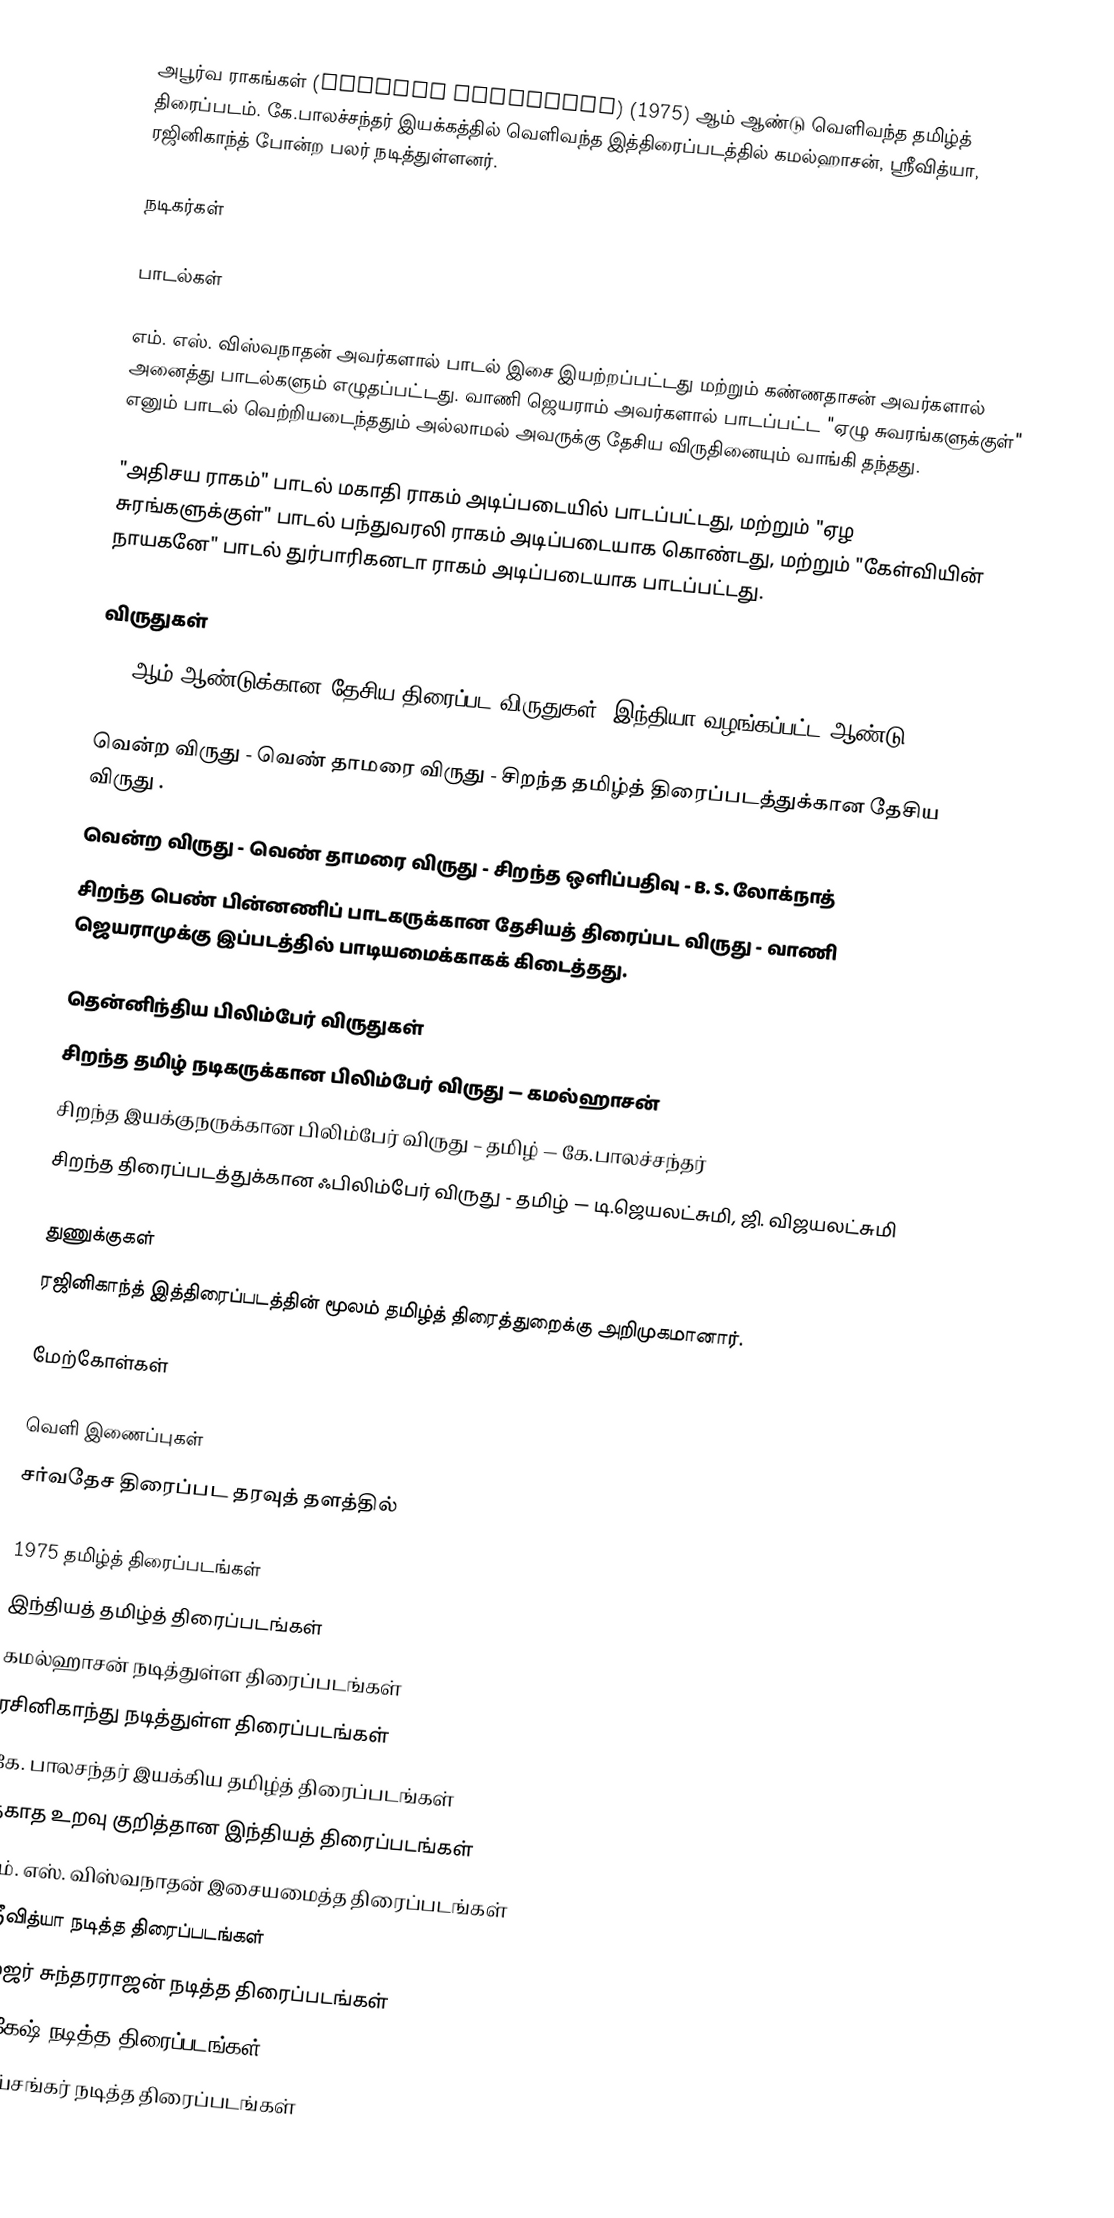
அபூர்வ ராகங்கள் (Apoorva Raagangal) (1975) ஆம் ஆண்டு வெளிவந்த தமிழ்த் திரைப்படம். கே.பாலச்சந்தர் இயக்கத்தில் வெளிவந்த இத்திரைப்படத்தில் கமல்ஹாசன், ஸ்ரீவித்யா, ரஜினிகாந்த் போன்ற பலர் நடித்துள்ளனர்.

நடிகர்கள்

பாடல்கள்

எம். எஸ். விஸ்வநாதன் அவர்களால் பாடல் இசை இயற்றப்பட்டது மற்றும் கண்ணதாசன் அவர்களால் அனைத்து பாடல்களும் எழுதப்பட்டது. வாணி ஜெயராம் அவர்களால் பாடப்பட்ட  "ஏழு சுவரங்களுக்குள்" எனும் பாடல் வெற்றியடைந்ததும் அல்லாமல் அவருக்கு தேசிய விருதினையும் வாங்கி தந்தது.

"அதிசய ராகம்" பாடல் மகாதி ராகம் அடிப்படையில் பாடப்பட்டது, மற்றும் "ஏழ சுரங்களுக்குள்" பாடல் பந்துவரலி ராகம் அடிப்படையாக கொண்டது, மற்றும் "கேள்வியின் நாயகனே" பாடல்  துர்பாரிகனடா ராகம் அடிப்படையாக பாடப்பட்டது.

விருதுகள்
1975ஆம் ஆண்டுக்கான தேசிய திரைப்பட விருதுகள், இந்தியா வழங்கப்பட்ட ஆண்டு 1976.

 வென்ற விருது - வெண் தாமரை விருது - சிறந்த தமிழ்த் திரைப்படத்துக்கான தேசிய விருது .
 வென்ற விருது - வெண் தாமரை விருது - சிறந்த ஒளிப்பதிவு - B. S. லோக்நாத்
 சிறந்த பெண் பின்னணிப் பாடகருக்கான தேசியத் திரைப்பட விருது - வாணி ஜெயராமுக்கு இப்படத்தில் பாடியமைக்காகக் கிடைத்தது.

தென்னிந்திய பிலிம்பேர் விருதுகள்
 சிறந்த தமிழ் நடிகருக்கான பிலிம்பேர் விருது — கமல்ஹாசன்
 சிறந்த இயக்குநருக்கான பிலிம்பேர் விருது – தமிழ் — கே.பாலச்சந்தர்
 சிறந்த திரைப்படத்துக்கான ஃபிலிம்பேர் விருது - தமிழ் — டி.ஜெயலட்சுமி, ஜி. விஜயலட்சுமி

துணுக்குகள்
ரஜினிகாந்த் இத்திரைப்படத்தின் மூலம் தமிழ்த் திரைத்துறைக்கு அறிமுகமானார்.

மேற்கோள்கள்

வெளி இணைப்புகள்
சர்வதேச திரைப்பட தரவுத் தளத்தில்

1975 தமிழ்த் திரைப்படங்கள்
இந்தியத் தமிழ்த் திரைப்படங்கள்
கமல்ஹாசன் நடித்துள்ள திரைப்படங்கள்
ரசினிகாந்து நடித்துள்ள திரைப்படங்கள்
கே. பாலசந்தர் இயக்கிய தமிழ்த் திரைப்படங்கள்
தகாத உறவு குறித்தான இந்தியத் திரைப்படங்கள்
எம். எஸ். விஸ்வநாதன் இசையமைத்த திரைப்படங்கள்
ஸ்ரீவித்யா நடித்த திரைப்படங்கள்
மேஜர் சுந்தரராஜன் நடித்த திரைப்படங்கள்
நாகேஷ் நடித்த திரைப்படங்கள்
ஜெய்சங்கர் நடித்த திரைப்படங்கள்